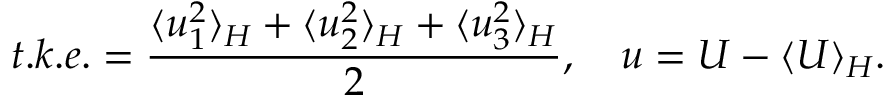
t . k . e . = \frac { \langle u _ { 1 } ^ { 2 } \rangle _ { H } + \langle u _ { 2 } ^ { 2 } \rangle _ { H } + \langle u _ { 3 } ^ { 2 } \rangle _ { H } } { 2 } , \quad \boldsymbol { u } = \boldsymbol { U } - \langle \boldsymbol { U } \rangle _ { H } .